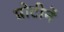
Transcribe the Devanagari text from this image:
प्रोटीनें